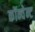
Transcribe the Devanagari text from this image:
कॉन्वेन्ट